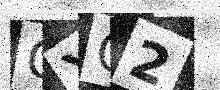
Text: QXC2